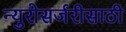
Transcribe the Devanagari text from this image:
न्युरोसर्जरीसाठी